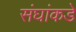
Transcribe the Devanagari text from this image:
संघांकडे